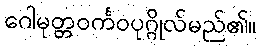
ဂေါမုတ္တဝင်္ကဝပုဂ္ဂိုလ်မည်၏။